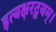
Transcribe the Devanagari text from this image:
इत्यक्षरद्वयम्।